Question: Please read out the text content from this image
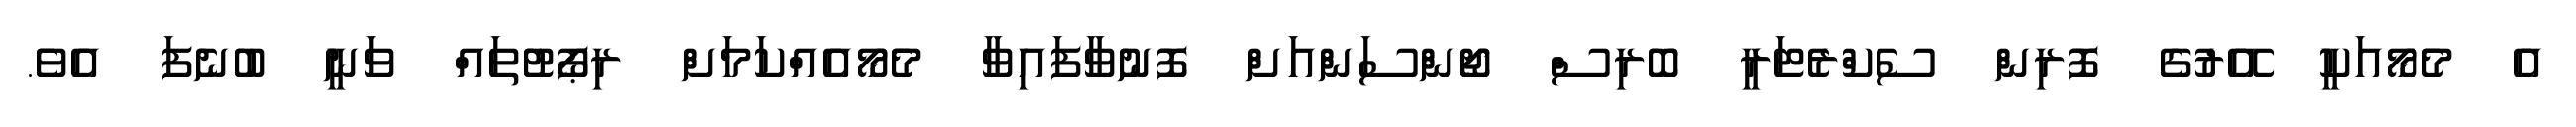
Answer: އެ މެމޯއަކީ އޭރުގެ ފޮރިން ސެކްރެޓަރީ ބޮރިސް ޖޯންސަންއަށް ފޮނުވާފައިވާ މެމޯއެއްކަމަށް ރިޕޯޓުތައް ވަނީ ބުނެފަ އެވެ.